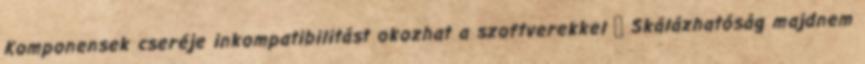
Komponensek cseréje inkompatibilitást okozhat a szoftverekkel ● Skálázhatóság majdnem